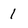
Character: 1